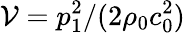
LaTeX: \mathcal{V}={p_{1}^{2}/(2\rho_{0}c_{0}^{2})}